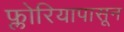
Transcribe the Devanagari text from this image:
फ्लोरियापासून